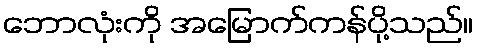
ဘောလုံးကို အမြောက်ကန်ပို့သည်။